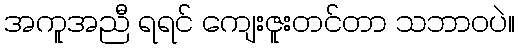
အကူအညီ ရရင် ကျေးဇူးတင်တာ သဘာဝပဲ။